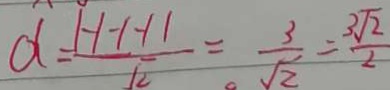
d = \frac { 1 - 1 - 1 - 1 1 } { \sqrt { 2 } } = \frac { 3 } { \sqrt { 2 } } = \frac { 3 \sqrt { 2 } } { 2 }